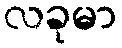
လခုမာ